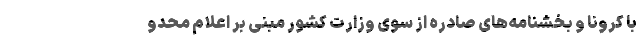
با کرونا و بخشنامه‌های صادره از سوی وزارت کشور مبنی بر اعلام محدو